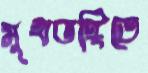
মুখভঙ্গিতে